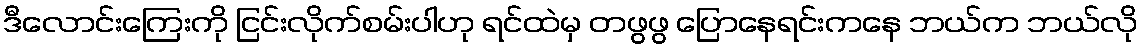
ဒီလောင်းကြေးကို ငြင်းလိုက်စမ်းပါဟု ရင်ထဲမှ တဖွဖွ ပြောနေရင်းကနေ ဘယ်က ဘယ်လို